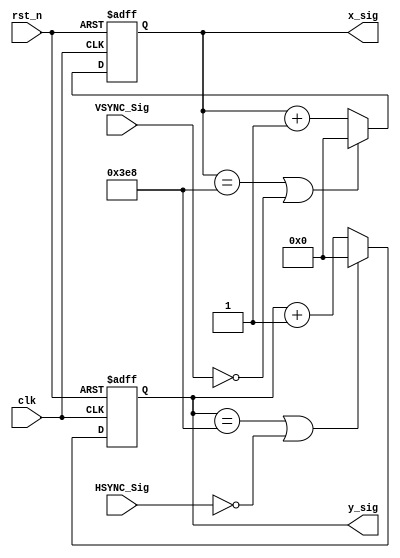
module x_y_sig_test
	(
	x_sig,y_sig,clk,rst_n,VSYNC_Sig, HSYNC_Sig
	);
	
	input clk;
	input rst_n;
	input VSYNC_Sig;
	input HSYNC_Sig;
	output [10:0]x_sig;
	output [10:0]y_sig;
	
	reg [10:0]x_reg;
	reg [10:0]y_reg;
		
	always @ ( posedge clk or negedge rst_n)
	begin
		if(!rst_n)
			x_reg<=11'd0;
		else if((x_reg == 11'd1000)||(!VSYNC_Sig))
			x_reg<=11'd0;
		else 
			x_reg<=x_reg+11'd1;
	end
	
	always @ ( posedge clk or negedge rst_n)
	begin
		if(!rst_n)
			y_reg<=11'd0;
		else if((y_reg == 11'd1000)||(!HSYNC_Sig))
			y_reg<=11'd0;
		else 
			y_reg<=y_reg+11'd1;
	end			
	
	assign x_sig = x_reg;
	assign y_sig = y_reg;

endmodule